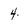
Character: 4